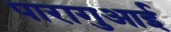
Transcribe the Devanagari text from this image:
पारागुआई